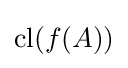
\operatorname {cl} (f(A))